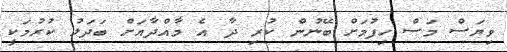
ވިޔަސް މަސް ހިފުމަށް ބޭނުން ކުރި ދާ އެ މާއްދާއަށް ބަދަލު ކުރުމަކީ